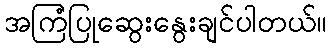
အကြံပြုဆွေးနွေးချင်ပါတယ်။